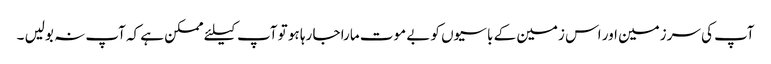
آپ کی سرزمین اور اس زمین کے باسیوں کو بے موت مارا جا رہا ہو تو آپ کیلئے ممکن ہے کہ آپ نہ بولیں ۔